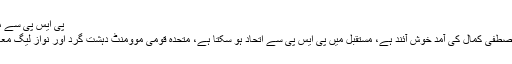
پی ایس پی سے مستقبل میں اتحاد ہوسکتا ہے
عمران خان کا کہنا تھا کہ مصطفیٰ کمال کی آمد خوش آئند ہے، مستقبل میں پی ایس پی سے اتحاد ہو سکتا ہے، متحدہ قومی موومنٹ دہشت گرد اور نواز لیگ معاشی دہشت گرد جماعت ہے۔